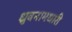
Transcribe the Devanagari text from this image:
ध्रुवनामधारी